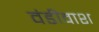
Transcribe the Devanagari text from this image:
वंडीवाश